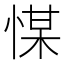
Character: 𢜮